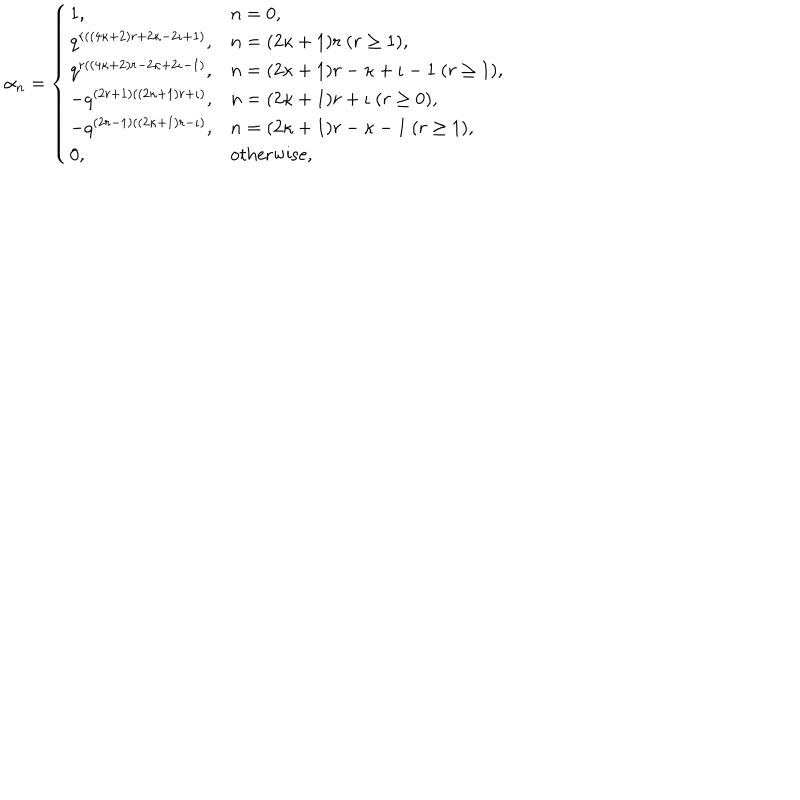
LaTeX: \alpha _ { n } = \left\{ \begin{array} { l l } { { 1 , } } & { { n = 0 , } } \\ { { q ^ { r ( ( 4 \kappa + 2 ) r + 2 \kappa - 2 \iota + 1 ) } , } } & { { n = ( 2 \kappa + 1 ) r ~ ( r \geq 1 ) , } } \\ { { q ^ { r ( ( 4 \kappa + 2 ) r - 2 \kappa + 2 \iota - 1 ) } , } } & { { n = ( 2 \kappa + 1 ) r - \kappa + \iota - 1 ~ ( r \geq 1 ) , } } \\ { { - q ^ { ( 2 r + 1 ) ( ( 2 \kappa + 1 ) r + \iota ) } , } } & { { n = ( 2 \kappa + 1 ) r + \iota ~ ( r \geq 0 ) , } } \\ { { - q ^ { ( 2 r - 1 ) ( ( 2 \kappa + 1 ) r - \iota ) } , } } & { { n = ( 2 \kappa + 1 ) r - \kappa - 1 ~ ( r \geq 1 ) , } } \\ { { 0 , } } & { { \mathrm { o t h e r w i s e } , } } \\ \end{array} \right.